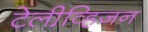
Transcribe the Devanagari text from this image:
टेलीव्हि़जन